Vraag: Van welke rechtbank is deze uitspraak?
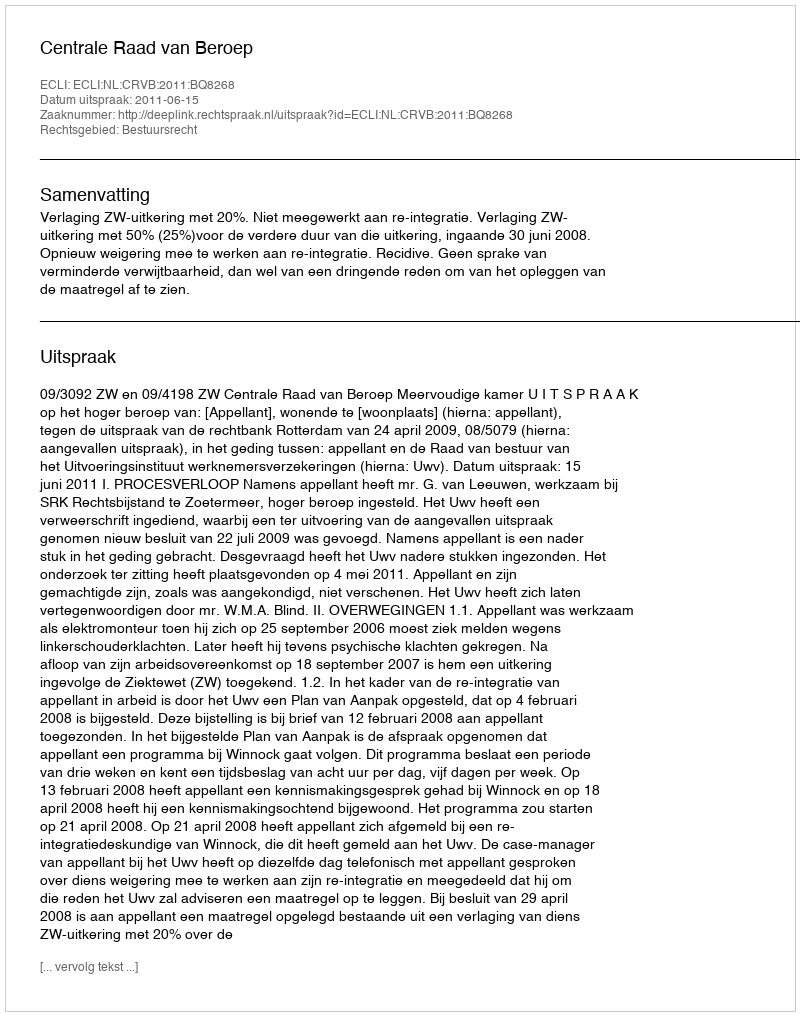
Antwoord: Centrale Raad van Beroep